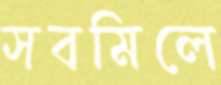
সবমিলে